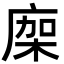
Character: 𢉤